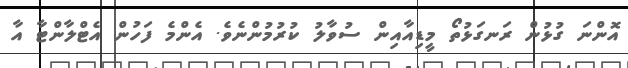
އޮންނަ ގުޅުން ރަނގަޅުތޯ މީޑިއާއިން ސުވާލު ކުރުމުންނެވެ. އެންމެ ފަހުން އެޓްލާންޓާ އާ